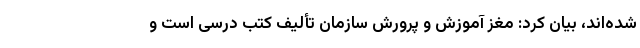
شده‌اند، بیان کرد: مغز آموزش و پرورش سازمان تألیف کتب درسی است و